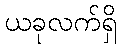
ယခုလက်ရှိ